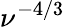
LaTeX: \nu^{-4/3}